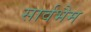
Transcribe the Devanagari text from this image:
सार्वभैम